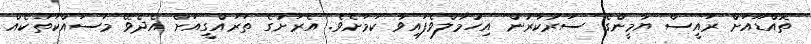
ތޮއްޑޫއަށް ރައީސް ޔާމީންގެ ސަރުކާރުން އިހުމާލްވެފައިވާ ކަމަށެވެ. އެރަށުގެ ތަރައްގީއަށް އެދެވޭ މަސައްކަތަކެއް